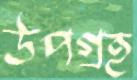
উপগ্রহ